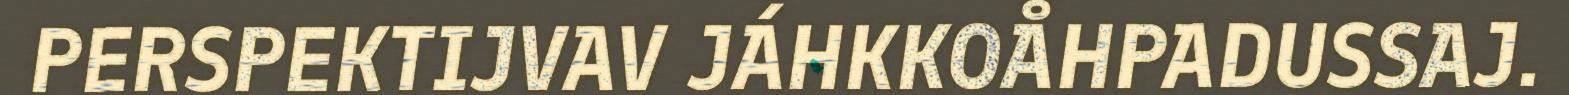
PERSPEKTIJVAV JÁHKKOÅHPADUSSAJ.